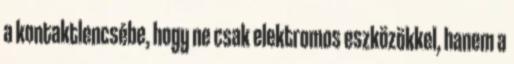
a kontaktlencsébe, hogy ne csak elektromos eszközökkel, hanem a